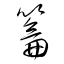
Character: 籥